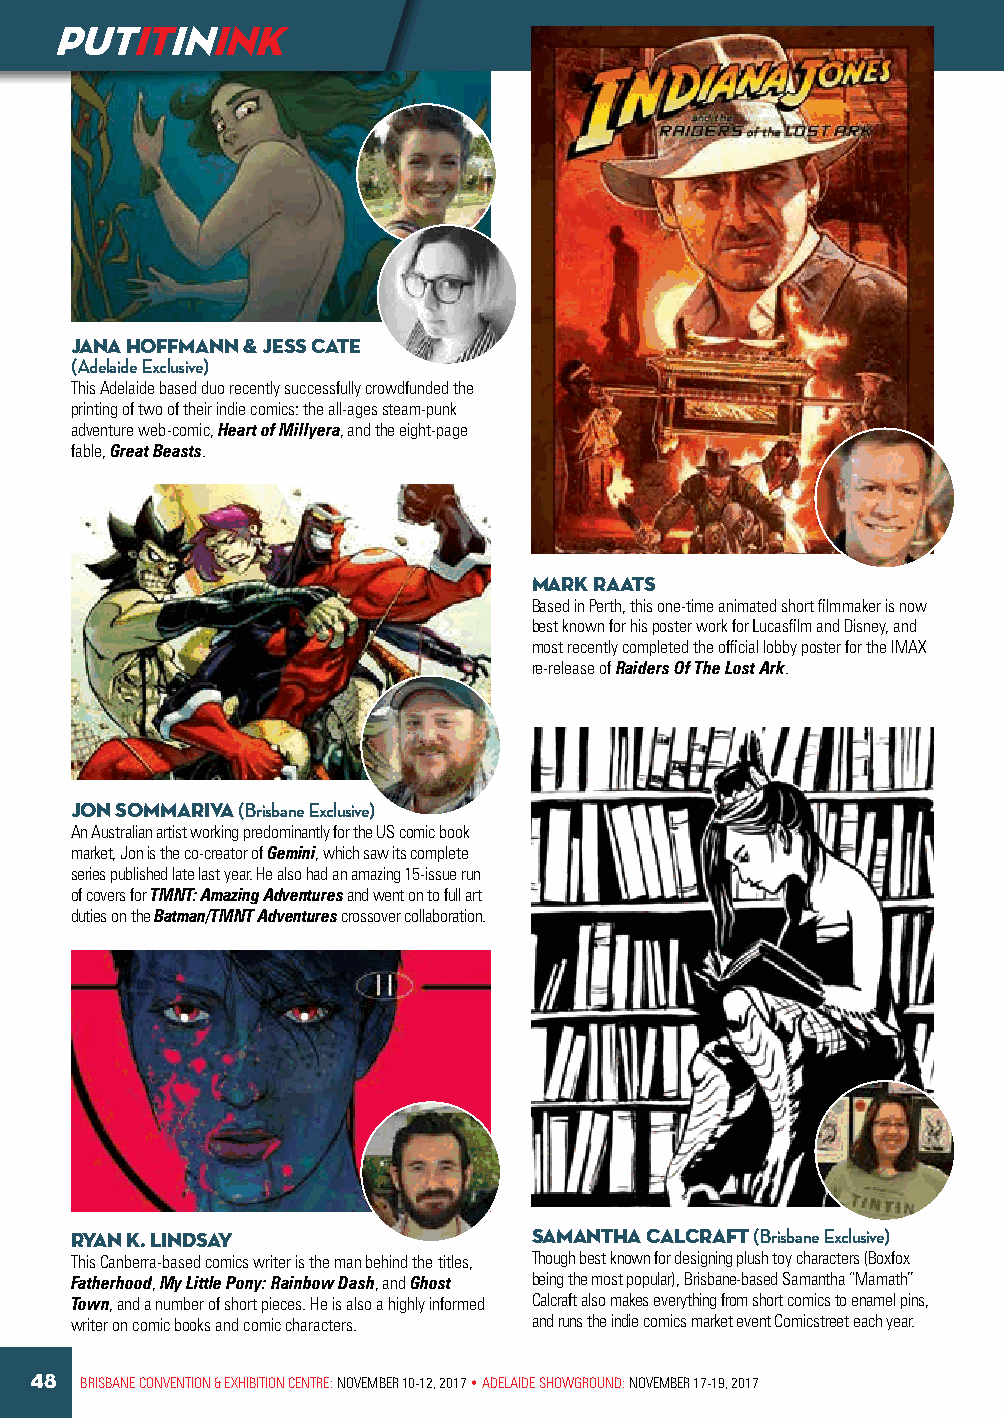
PUTITININK
 JANA HOFFMANN & JESS CATE
 (Adelaide Exclusive)
 This Adelaide based duo recently successfully crowdfunded the
 printing of two of their indie comics: the all-ages steam-punk
 adventure web-comic, Heart of Millyera, and the eight-page
 fable, Great Beasts.
 MARK RAATS
 Based in Perth, this one-time animated short filmmaker is now
 best known for his poster work for Lucasfilm and Disney, and
 most recently completed the official lobby poster for the IMAX
 re-release of Raiders Of The Lost Ark.
 JON SOMMARIVA (Brisbane Exclusive)
 An Australian artist working predominantly for the US comic book
 market, Jon is the co-creator of Gemini, which saw its complete
 series published late last year. He also had an amazing 15-issue run
 of covers for TMNT: Amazing Adventures and went on to full art
 duties on the Batman/TMNT Adventures crossover collaboration.
 RYAN K. LiNDSAY               SAMANTHA CALCRAFT (Brisbane Exclusive)
 This Canberra-based comics writer is the man behind the titles, Though best known for designing plush toy characters (Boxfox
 Fatherhood, My Little Pony: Rainbow Dash, and Ghost being the most popular), Brisbane-based Samantha “Mamath”
 Town, and a number of short pieces. He is also a highly informed Calcraft also makes everything from short comics to enamel pins,
 writer on comic books and comic characters. and runs the indie comics market event Comicstreet each year.
 48 BRISBANE CONVENTION & EXHIBITION CENTRE: NOVEMBER 10-12, 2017 • ADELAIDE SHOWGROUND: NOVEMBER 17-19, 2017